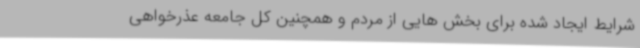
شرایط ایجاد شده برای بخش هایی از مردم و همچنین کل جامعه عذرخواهی